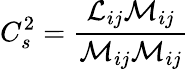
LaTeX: C_{s}^{2}={\frac{{\mathcal{L}}_{ij}{\mathcal{M}}_{ij}}{{\mathcal{M}}_{ij}{\mathcal{M}}_{ij}}}